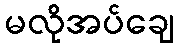
မလိုအပ်ချေ